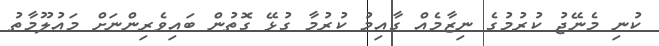
ކުނި މެނޭޖު ކުރުމުގެ ނިޒާމެއް ގާއިމު ކުރުމާ ގުޅޭ ގޮތުން ބައިވެރިންނަށް މައުލޫމާތު